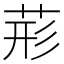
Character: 𮏂